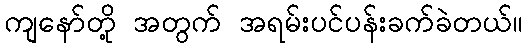
ကျနော်တို့ အတွက် အရမ်းပင်ပန်းခက်ခဲတယ်။